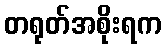
တရုတ်အစိုးရက